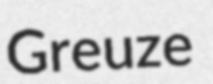
Greuze